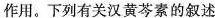
作用。下列有关汉黄芩素的叙述